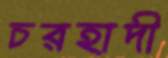
চরহাদী